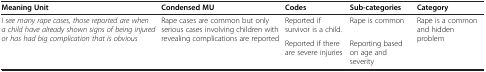
<table><thead><tr><td><b>Meaning Unit</b></td><td><b>Condensed MU</b></td><td><b>Codes</b></td><td><b>Sub-categories</b></td><td><b>Category</b></td></tr></thead><tbody><tr><td rowspan="2"><i>I see many rape cases, those reported are when a child have already shown signs of being injured or has had big complication that is obvious</i></td><td rowspan="2">Rape cases are common but only serious cases involving children with revealing complications are reported</td><td>Reported if survivor is a child.</td><td>Rape is common</td><td rowspan="2">Rape is a common and hidden problem</td></tr><tr><td>Reported if there are severe injuries</td><td>Reporting based on age and severity</td></tr></tbody></table>